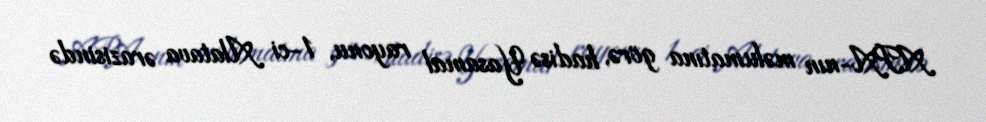
APA-nın məlumatına görə, hadisə Yasamal rayonu, 1-ci Alatava ərazisində